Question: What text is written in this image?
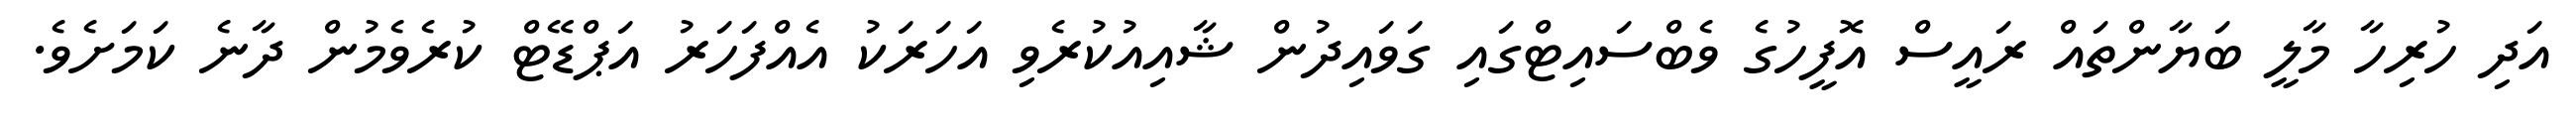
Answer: އަދި ހުރިހާ މާލީ ބަޔާންތައް ރައީސް އޮފީހުގެ ވެބްސައިޓްގައި ގަވައިދުން ޝާއިއުކުރެވި އަހަރަކު އެއްފަހަރު އަޕްޑޭޓް ކުރެވެމުން ދާނެ ކަމަށެވެ.